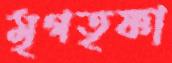
মৃগতৃষ্ণা